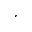
^ ,